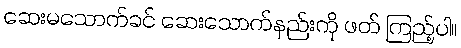
ဆေးမသောက်ခင် ဆေးသောက်နည်းကို ဖတ် ကြည့်ပါ။